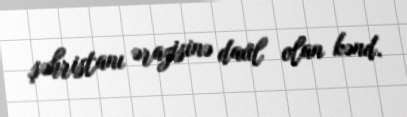
şəhristanı ərazisinə daxil olan kənd.